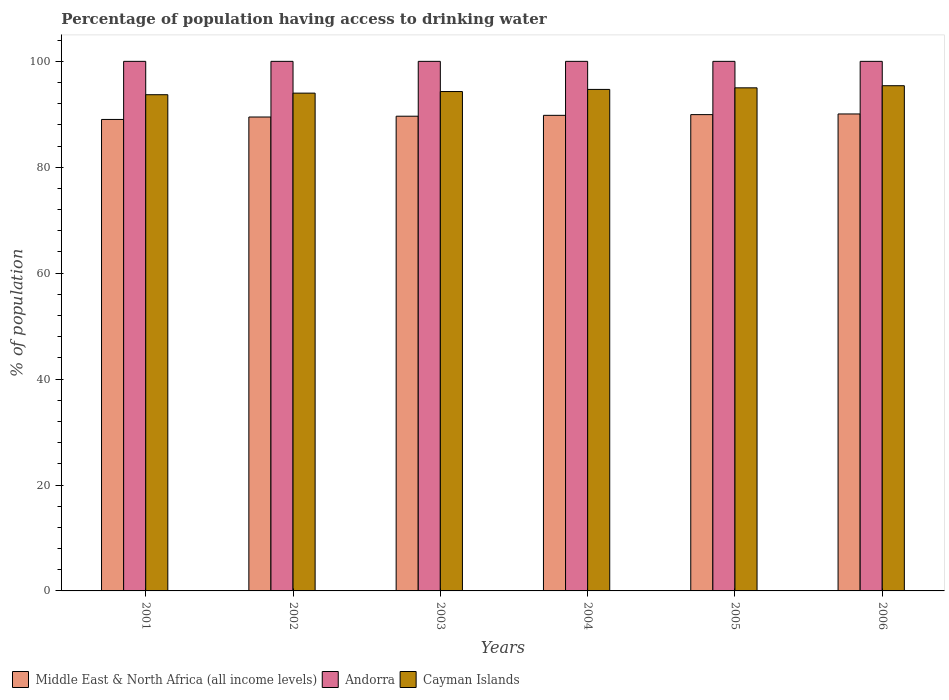
| Years | Middle East & North Africa (all income levels) | Andorra | Cayman Islands |
 | --- | --- | --- | --- |
 | 2001 | 89 | 100 | 93.7 |
 | 2002 | 89.5 | 100 | 94 |
 | 2003 | 89.6 | 100 | 94.3 |
 | 2004 | 89.8 | 100 | 94.7 |
 | 2005 | 89.9 | 100 | 95 |
 | 2006 | 90.1 | 100 | 95.4 |